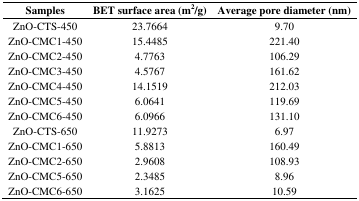
<table><thead><tr><td><b>Samples</b></td><td><b>BET surface area (m<sup>2</sup>/g)</b></td><td><b>Average pore diameter (nm)</b></td></tr></thead><tbody><tr><td>ZnO-CTS-450</td><td>23.7664</td><td>9.70</td></tr><tr><td>ZnO-CMC1-450</td><td>15.4485</td><td>221.40</td></tr><tr><td>ZnO-CMC2-450</td><td>4.7763</td><td>106.29</td></tr><tr><td>ZnO-CMC3-450</td><td>4.5767</td><td>161.62</td></tr><tr><td>ZnO-CMC4-450</td><td>14.1519</td><td>212.03</td></tr><tr><td>ZnO-CMC5-450</td><td>6.0641</td><td>119.69</td></tr><tr><td>ZnO-CMC6-450</td><td>6.0966</td><td>131.10</td></tr><tr><td>ZnO-CTS-650</td><td>11.9273</td><td>6.97</td></tr><tr><td>ZnO-CMC1-650</td><td>5.8813</td><td>160.49</td></tr><tr><td>ZnO-CMC2-650</td><td>2.9608</td><td>108.93</td></tr><tr><td>ZnO-CMC5-650</td><td>2.3485</td><td>8.96</td></tr><tr><td>ZnO-CMC6-650</td><td>3.1625</td><td>10.59</td></tr></tbody></table>